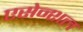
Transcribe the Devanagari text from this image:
एसेन्शल